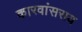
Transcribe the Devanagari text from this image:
कारवांसराय